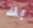
بك